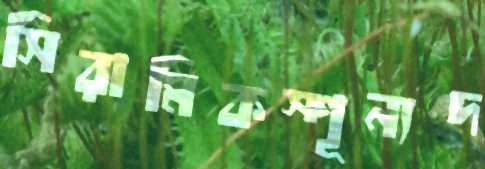
সিরামিকস্শূন্যদ